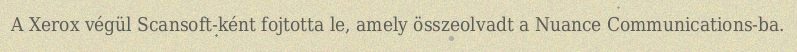
A Xerox végül Scansoft-ként fojtotta le, amely összeolvadt a Nuance Communications-ba.